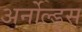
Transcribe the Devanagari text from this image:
अर्नोल्ड्स